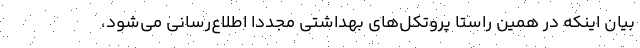
بیان اینکه در همین راستا پروتکل‌های بهداشتی مجددا اطلاع‌رسانی می‌شود،